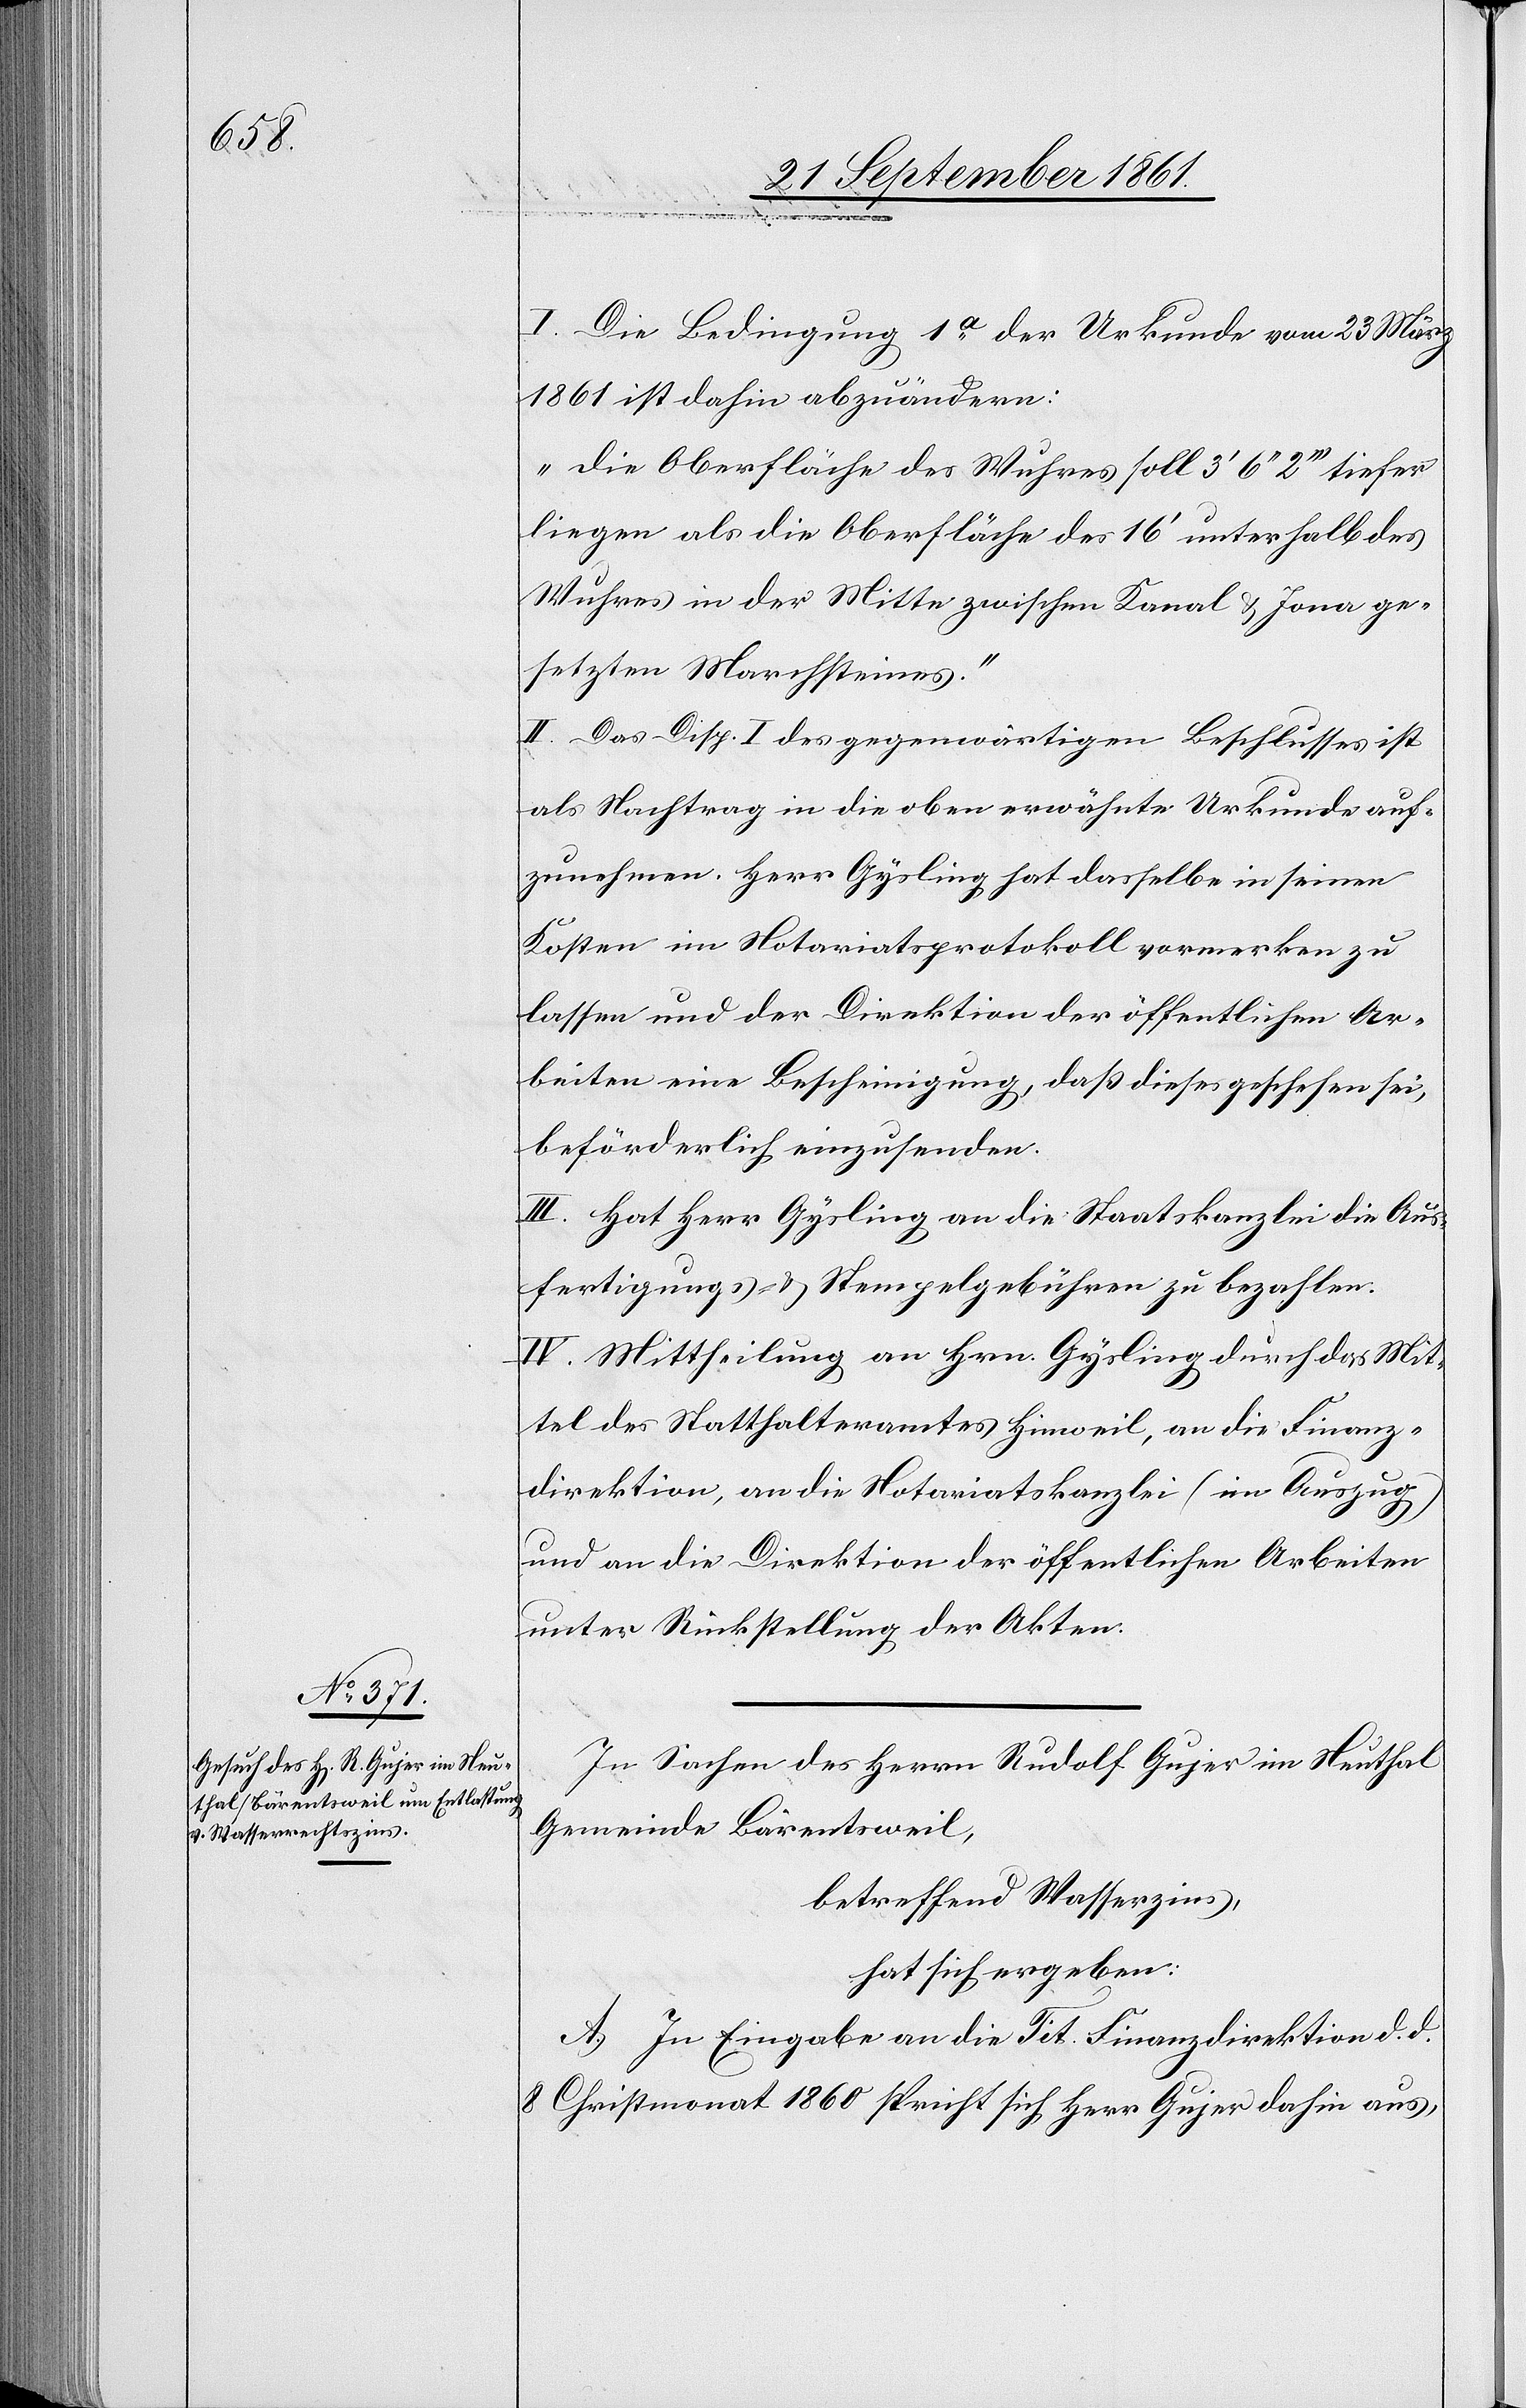
I. Die Bedingung 1a der Urkunde vom 23 März
1861 ist dahin abzuändern:
„Die Oberfläche des Wuhres soll 3’ 6“ 2’’’ tiefer
liegen als die Oberfläche des 16’ unterhalb des
Wuhres in der Mitte zwischen Kanal u. Jona ge¬
setzten Marchsteines.“
II. Das Disp. I des gegenwärtigen Beschlusses ist
als Nachtrag in die oben erwähnte Urkunde auf¬
zunehmen. Herr Gysling hat dasselbe in seinen
Kosten im Notariatsprotokoll vormerken zu
lassen und der Direktion der öffentlichen Ar¬
beiten eine Bescheinigung, daß dieses geschehen sei,
beförderlich einzusenden.
III. Hat Herr Gysling an die Staatskanzlei die Aus¬
fertigungs- u. Stempelgebühren zu bezahlen.
IV. Mittheilung an Herrn Gysling durch das Mit¬
tel des Statthalteramtes Hinweil, an die Finanz¬
direktion, an die Notariatskanzlei (in Auszug)
und an die Direktion der öffentlichen Arbeiten
unter Rückstellung der Akten.
In Sachen des Herrn Rudolf Gujer im Neuthal
Gemeinde Bärentsweil,
betreffend Wasserzins,
hat sich ergeben:
A. In Eingabe an die Tit. Finanzdirektion d. d.
8 Christmonat 1860 spricht sich Herr Gujer dahin aus,